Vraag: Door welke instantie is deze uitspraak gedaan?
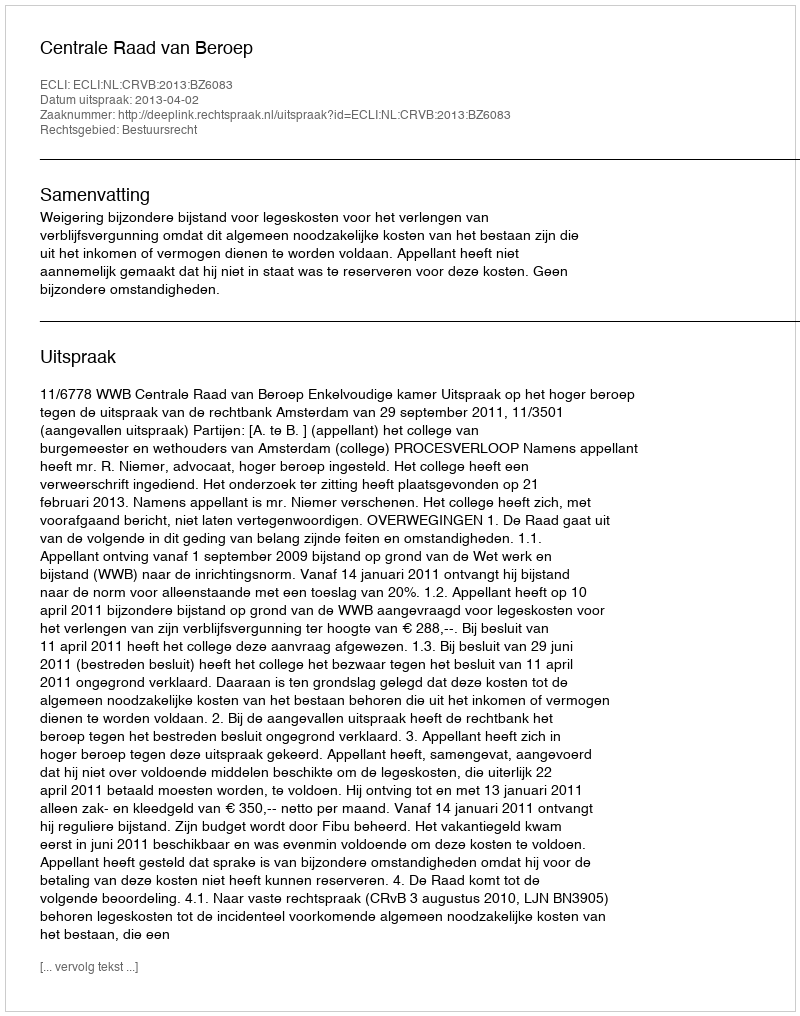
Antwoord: Centrale Raad van Beroep